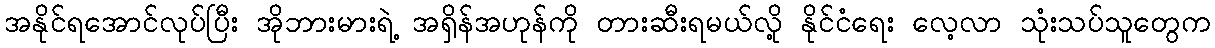
အနိုင်ရအောင်လုပ်ပြီး အိုဘားမားရဲ့ အရှိန်အဟုန်ကို တားဆီးရမယ်လို့ နိုင်ငံရေး လေ့လာ သုံးသပ်သူတွေက